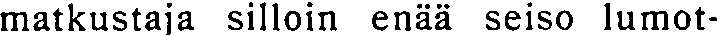
matkustaja silloin enää seiso lumot-